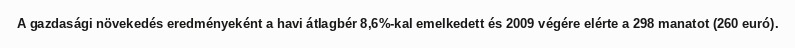
A gazdasági növekedés eredményeként a havi átlagbér 8,6%-kal emelkedett és 2009 végére elérte a 298 manatot (260 euró).